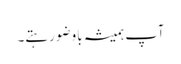
آپ ہمیشہ باوضو رہتے۔